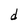
Character: d